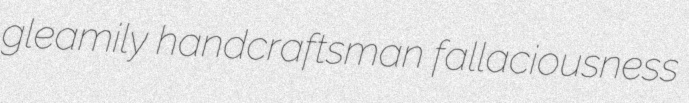
gleamily handcraftsman fallaciousness